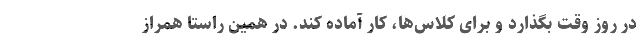
در روز وقت بگذارد و برای کلاس‌ها، کار آماده کند. در همین راستا همراز